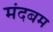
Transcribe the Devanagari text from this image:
मंदबम